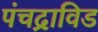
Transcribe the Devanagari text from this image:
पंचद्राविड